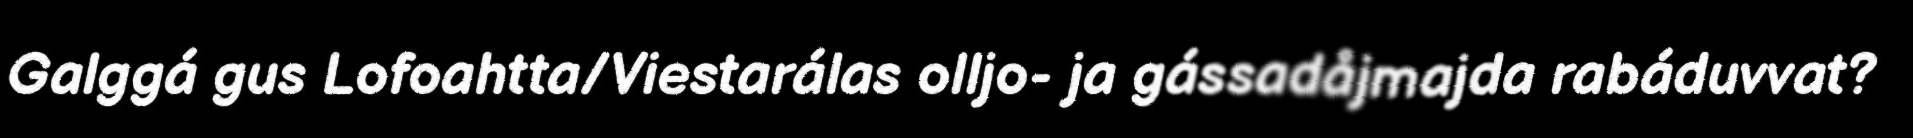
Galggá gus Lofoahtta/Viestarálas olljo- ja gássadåjmajda rabáduvvat?